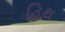
હિથ